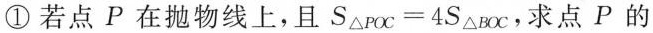
①若点P在抛物线上，且$$S_{\triangle POC}=4S_{\triangle BOC}$$，求点P的